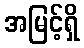
အမြင့်ရှိ